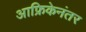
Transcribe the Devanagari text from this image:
आफ्रिकेनंतर